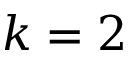
k = 2